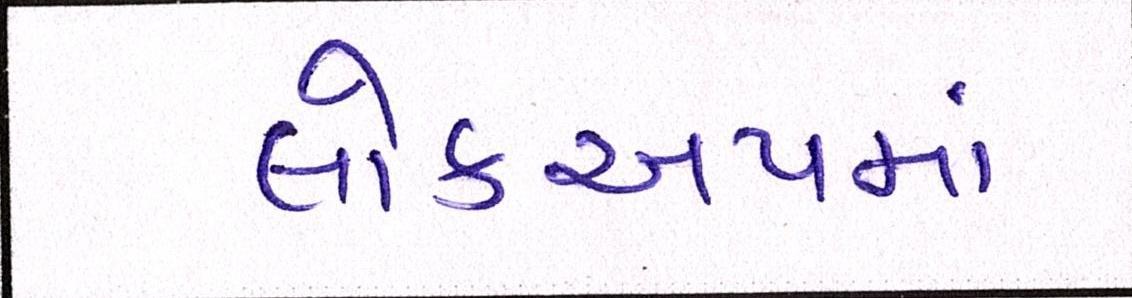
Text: લોકઅપમાં